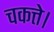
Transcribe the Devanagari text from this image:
चकत्ते।